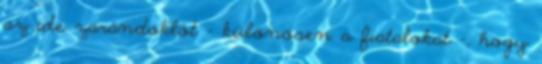
az ide zarándoklót – különösen a fiatalokat –, hogy